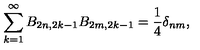
\sum _ { k = 1 } ^ { \infty } B _ { 2 n , 2 k - 1 } B _ { 2 m , 2 k - 1 } = \frac { 1 } { 4 } \delta _ { n m } ,